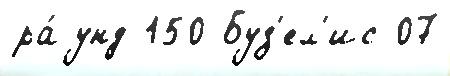
ра́унд 150 Буз'ел'ис 07